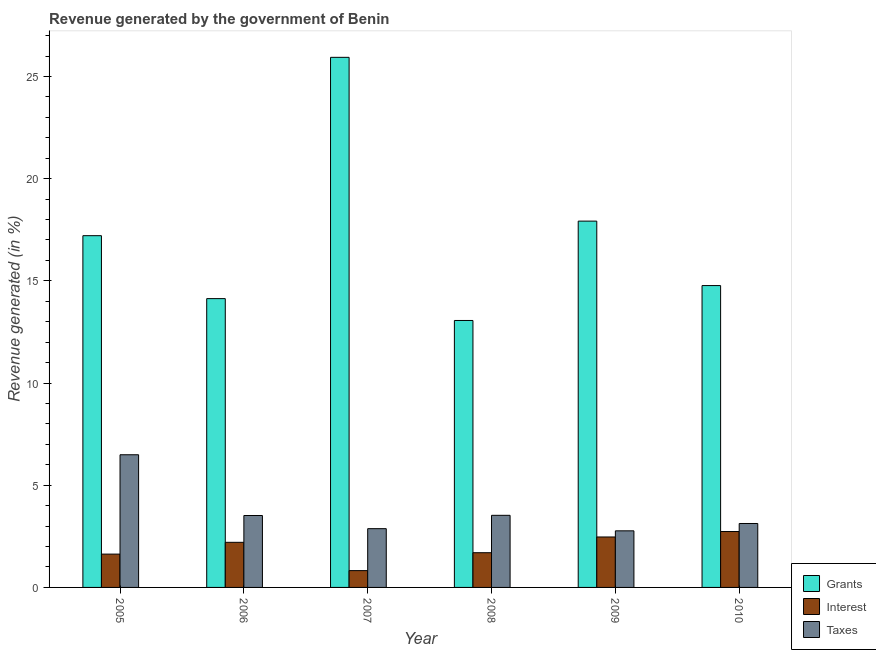
| Year | Grants | Interest | Taxes |
 | --- | --- | --- | --- |
 | 2005 | 17.2 | 1.63 | 6.49 |
 | 2006 | 14.1 | 2.21 | 3.52 |
 | 2007 | 25.9 | 0.822 | 2.88 |
 | 2008 | 13.1 | 1.7 | 3.53 |
 | 2009 | 17.9 | 2.47 | 2.77 |
 | 2010 | 14.8 | 2.74 | 3.13 |